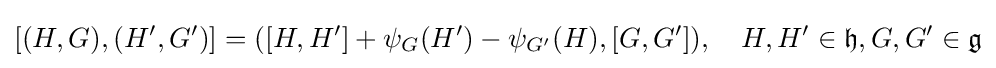
[(H,G),(H',G')]=([H,H']+\psi _{G}(H')-\psi _{G'}(H),[G,G']),\quad H,H'\in {\mathfrak {h}},G,G'\in {\mathfrak {g}}